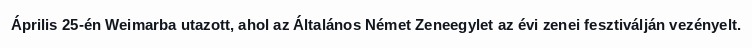
Április 25-én Weimarba utazott, ahol az Általános Német Zeneegylet az évi zenei fesztiválján vezényelt.